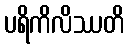
ပရိကိလိဿတိ